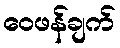
ဝေဖန်ချက်